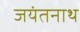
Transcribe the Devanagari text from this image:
जयंतनाथ